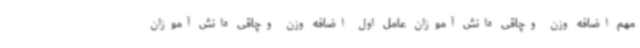
مهم اضافه وزن وچاقی دانش آموزان عامل اول اضافه وزن وچاقی دانش آموزان